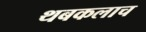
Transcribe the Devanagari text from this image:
थबकलाच